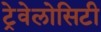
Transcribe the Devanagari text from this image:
ट्रेवेलोसिटी